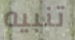
تنبيه